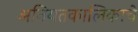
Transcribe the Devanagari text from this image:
अनियतकालिकाचे